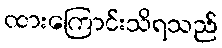
ထားကြောင်းသိရသည်